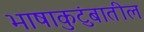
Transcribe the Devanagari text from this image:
भाषाकुटुंबातील